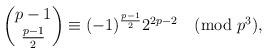
LaTeX: \begin{align*} \binom{p-1}{\frac{p-1}{2}} \equiv (-1)^{\frac{p-1}{2}} 2^{2p-2} \pmod{p^3},\end{align*}